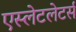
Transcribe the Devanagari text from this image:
एस्लेटलेटर्स